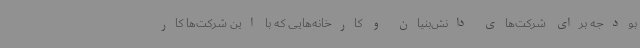
بودجه برای شرکت‌های دانش‌بنیان و کارخانه‌هایی که با این شرکت‌ها کار